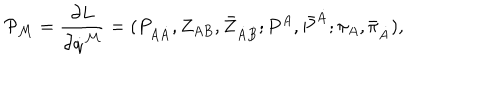
{ \cal P } _ { { \cal M } } = { \frac { \partial L } { \partial \dot { q } ^ { { \cal M } } } } = ( P _ { A \dot { A } } , Z _ { A B } , \bar { Z } _ { \dot { A } \dot { B } } ; P ^ { A } , \bar { P } ^ { \dot { A } } ; \pi _ { A } , \bar { \pi } _ { \dot { A } } ) ,